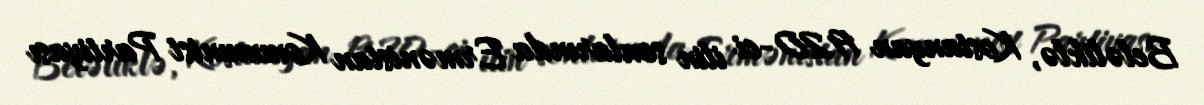
Beləliklə, Kostanyan 1920-ci ilin sonlarında Ermənistan Kommunist Partiyası